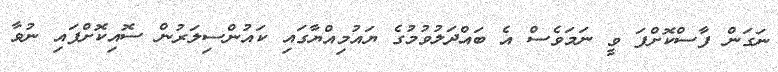
ނަގަން ފާސްކޮށްފަ ވީ ނަމަވެސް އެ ބައްދަލުވުމުގެ ޔައުމިއްޔާގައި ކައުންސިލަރުން ސޮއިކޮށްފައި ނުވާ